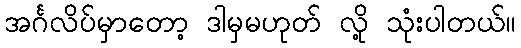
အင်္ဂလိပ်မှာတော့ ဒါမှမဟုတ် လို့ သုံးပါတယ်။